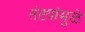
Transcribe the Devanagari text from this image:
तंट्यांमुळे